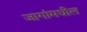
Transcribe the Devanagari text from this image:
जागांमधील